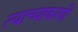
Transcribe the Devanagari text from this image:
त्याच्याकरवी